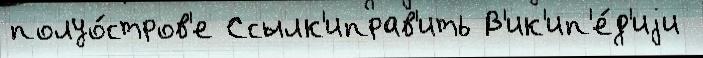
полуо́стров'е Ссылк'иправ'ить В'ик'ип'е́д'иjи